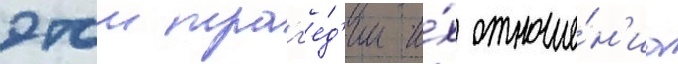
этои траг'е́д'ии и́х отноше́н'иа